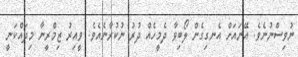
ނުވިސްނުނެވެ. އޭނައަށް އެނގިގެން ލޯބިވާ ދެމީހެއް ދުރު ނުކުރާނެއެވެ. ވީއިރު ޒިމްރީނާ މިދައްކަނީ